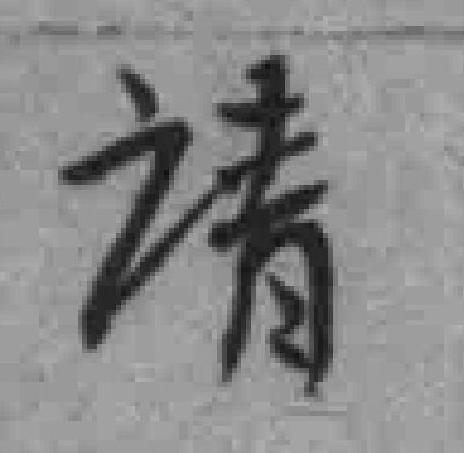
请